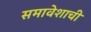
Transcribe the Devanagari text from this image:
समावेशाची